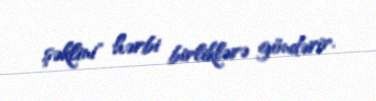
şəklini" hərbi birliklərə göndərir.